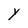
Character: Y